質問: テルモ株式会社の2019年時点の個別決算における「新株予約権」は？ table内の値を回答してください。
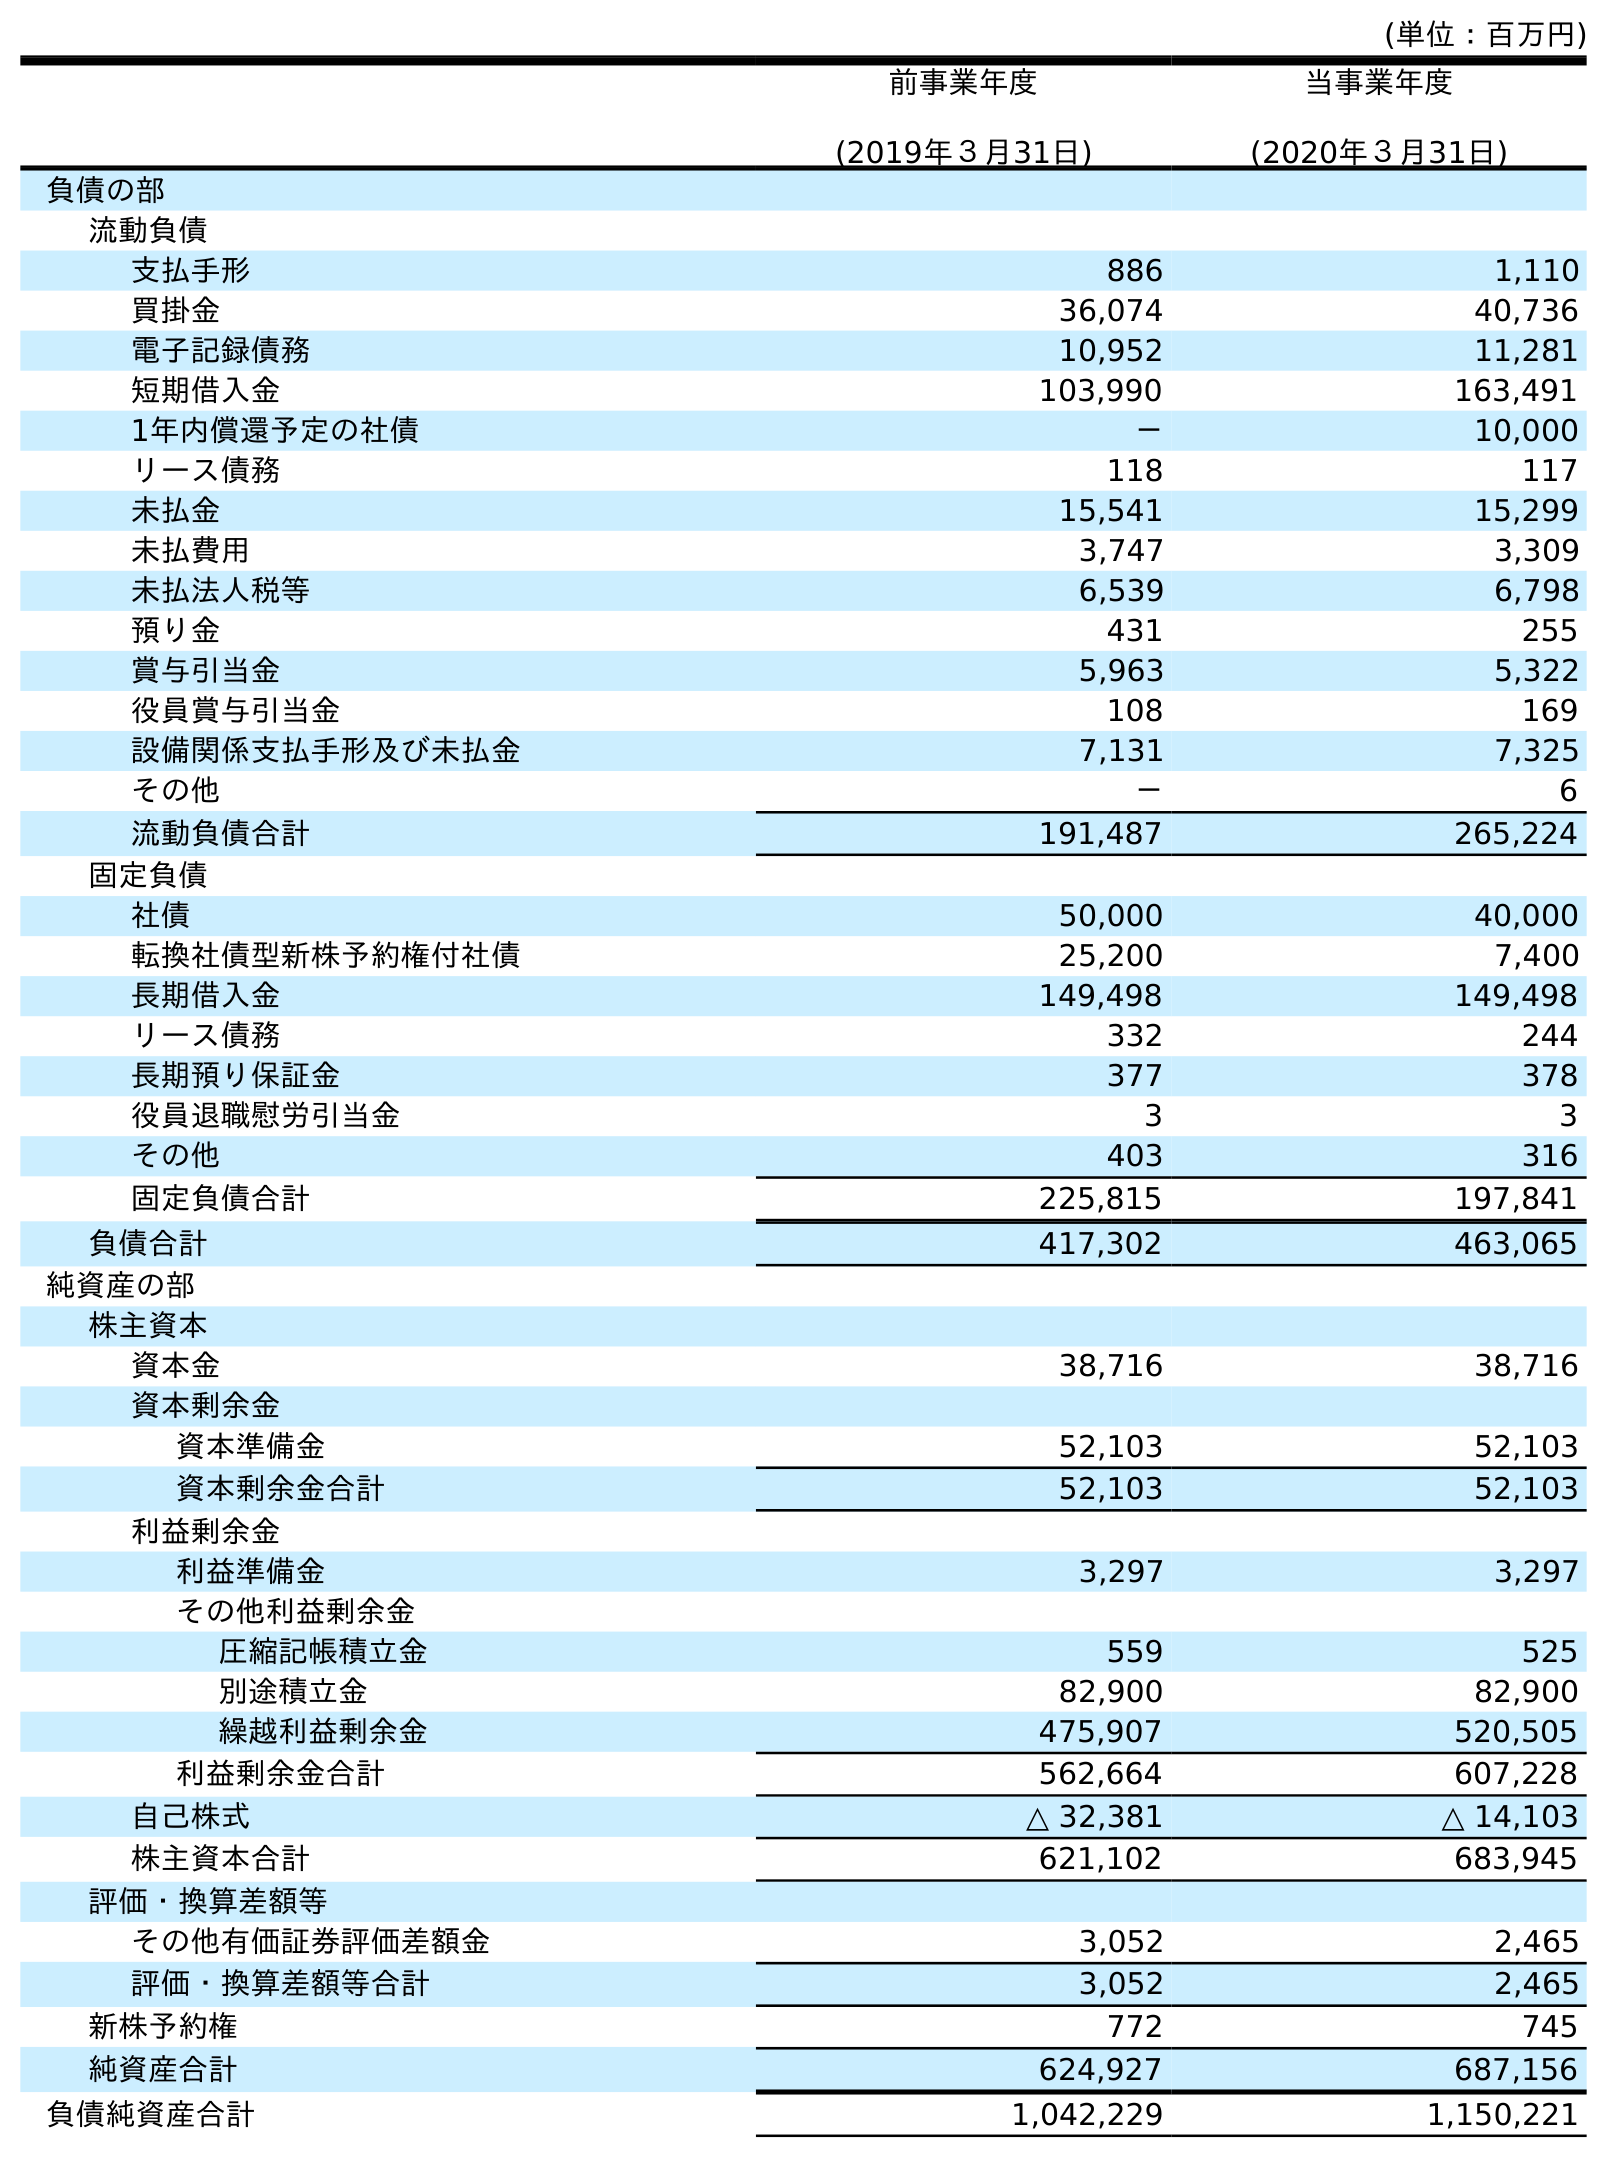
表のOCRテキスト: (単位：百万円) 前事業年度 (2019年３月31日) 当事業年度 (2020年３月31日) 負債の部 流動負債 支払手形 886 1,110 買掛金 36,074 40,736 電子記録債務 10,952 11,281 短期借入金 103,990 163,491 1年内償還予定の社債 － 10,000 リース債務 118 117 未払金 15,541 15,299 未払費用 3,747 3,309 未払法人税等 6,539 6,798 預り金 431 255 賞与引当金 5,963 5,322 役員賞与引当金 108 169 設備関係支払手形及び未払金 7,131 7,325 その他 － 6 流動負債合計 191,487 265,224 固定負債 社債 50,000 40,000 転換社債型新株予約権付社債 25,200 7,400 長期借入金 149,498 149,498 リース債務 332 244 長期預り保証金 377 378 役員退職慰労引当金 3 3 その他 403 316 固定負債合計 225,815 197,841 負債合計 417,302 463,065 純資産の部 株主資本 資本金 38,716 38,716 資本剰余金 資本準備金 52,103 52,103 資本剰余金合計 52,103 52,103 利益剰余金 利益準備金 3,297 3,297 その他利益剰余金 圧縮記帳積立金 559 525 別途積立金 82,900 82,900 繰越利益剰余金 475,907 520,505 利益剰余金合計 562,664 607,228 自己株式 △ 32,381 △ 14,103 株主資本合計 621,102 683,945 評価・換算差額等 その他有価証券評価差額金 3,052 2,465 評価・換算差額等合計 3,052 2,465 新株予約権 772 745 純資産合計 624,927 687,156 負債純資産合計 1,042,229 1,150,221
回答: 772